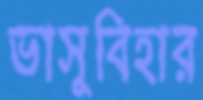
ভাসুবিহার